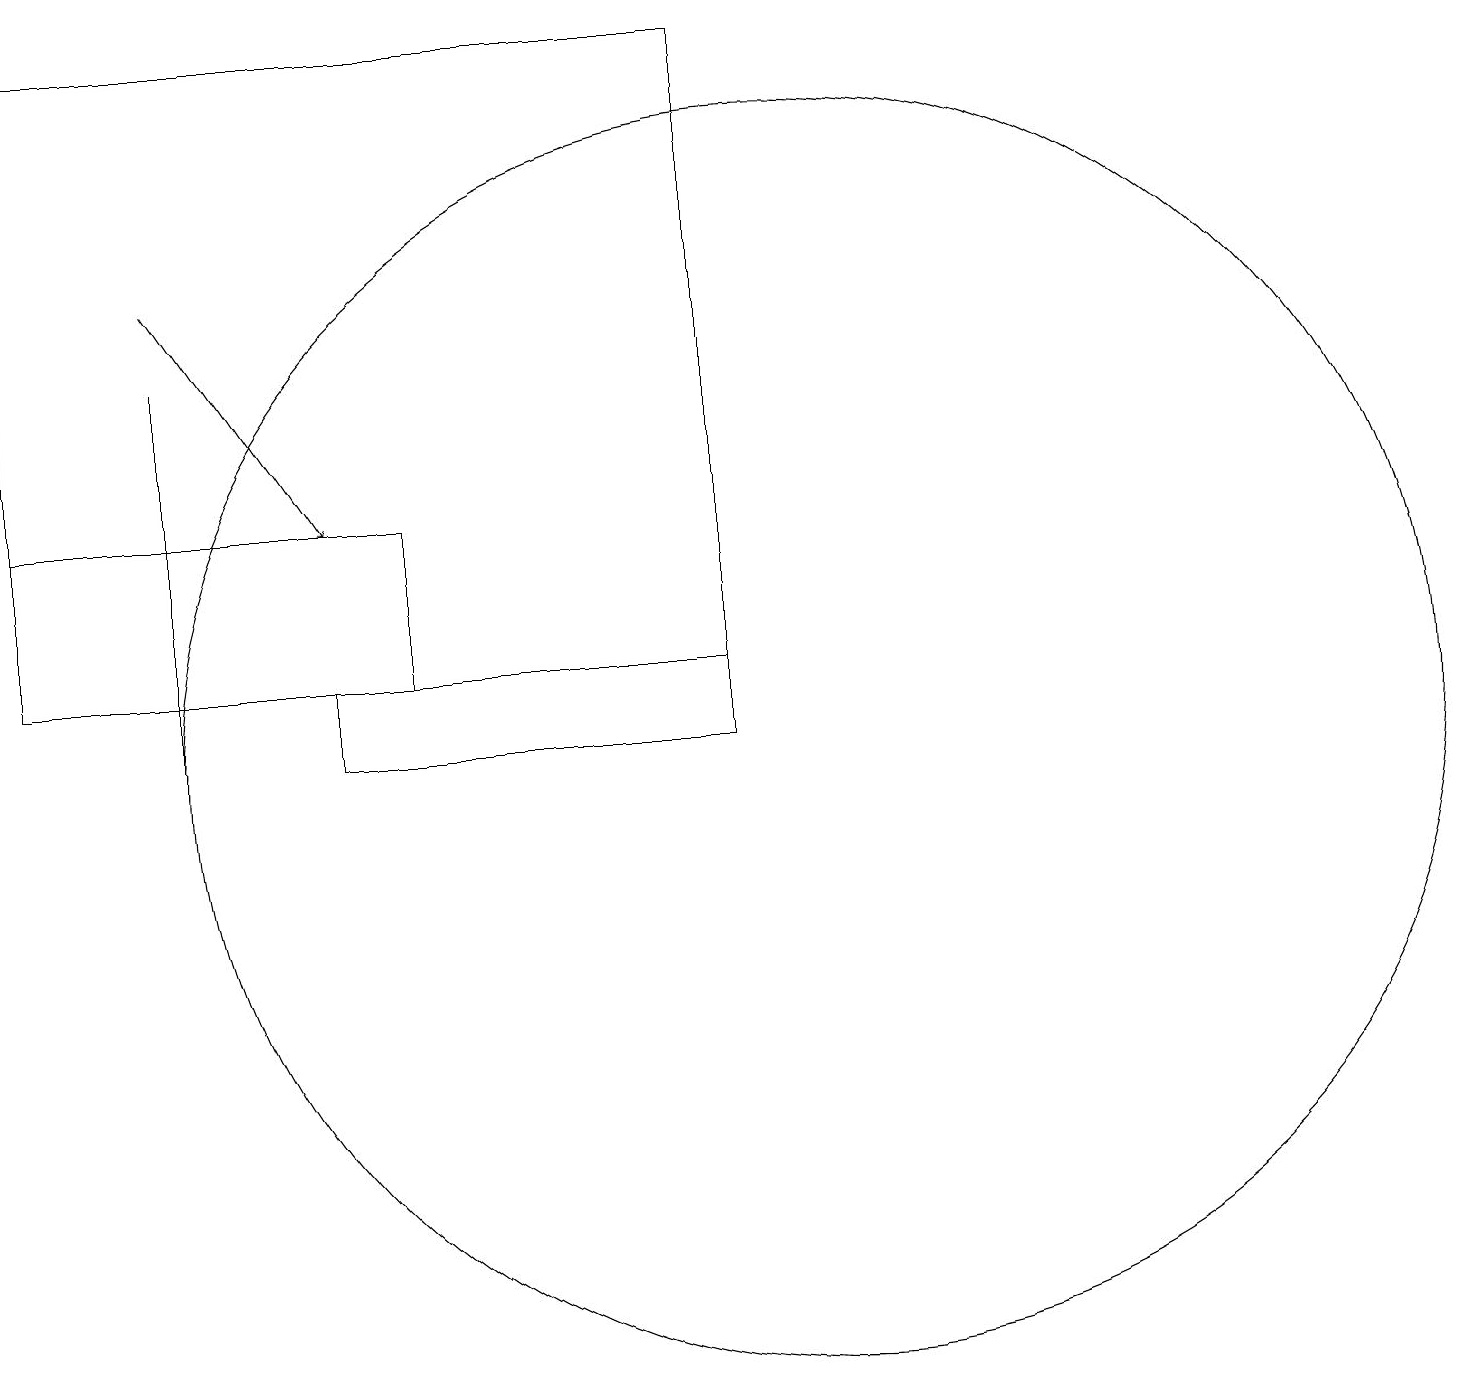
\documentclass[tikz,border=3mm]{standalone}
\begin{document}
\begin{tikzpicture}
\draw (9,10) rectangle (4,11);
\draw (5,11) rectangle (0,13);
\draw (10,10) circle (8);
\draw (2,10) rectangle (2,15);
\draw[->] (2,16) -- (4,13);
\draw (9,11) rectangle (0,19);
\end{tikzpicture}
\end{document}